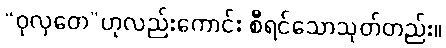
“ဝုလှတေ”ဟုလည်းကောင်း စီရင်သောသုတ်တည်း။